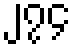
၂၇၄